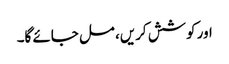
اور کوشش کریں، مل جائے گا۔